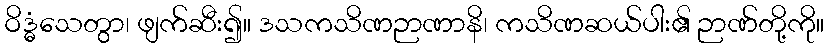
ဝိဒ္ဓံသေတွာ၊ ဖျက်ဆီး၍။ ဒသကသိဏဉာဏာနိ၊ ကသိဏဆယ်ပါး၏ ဉာဏ်တို့ကို။